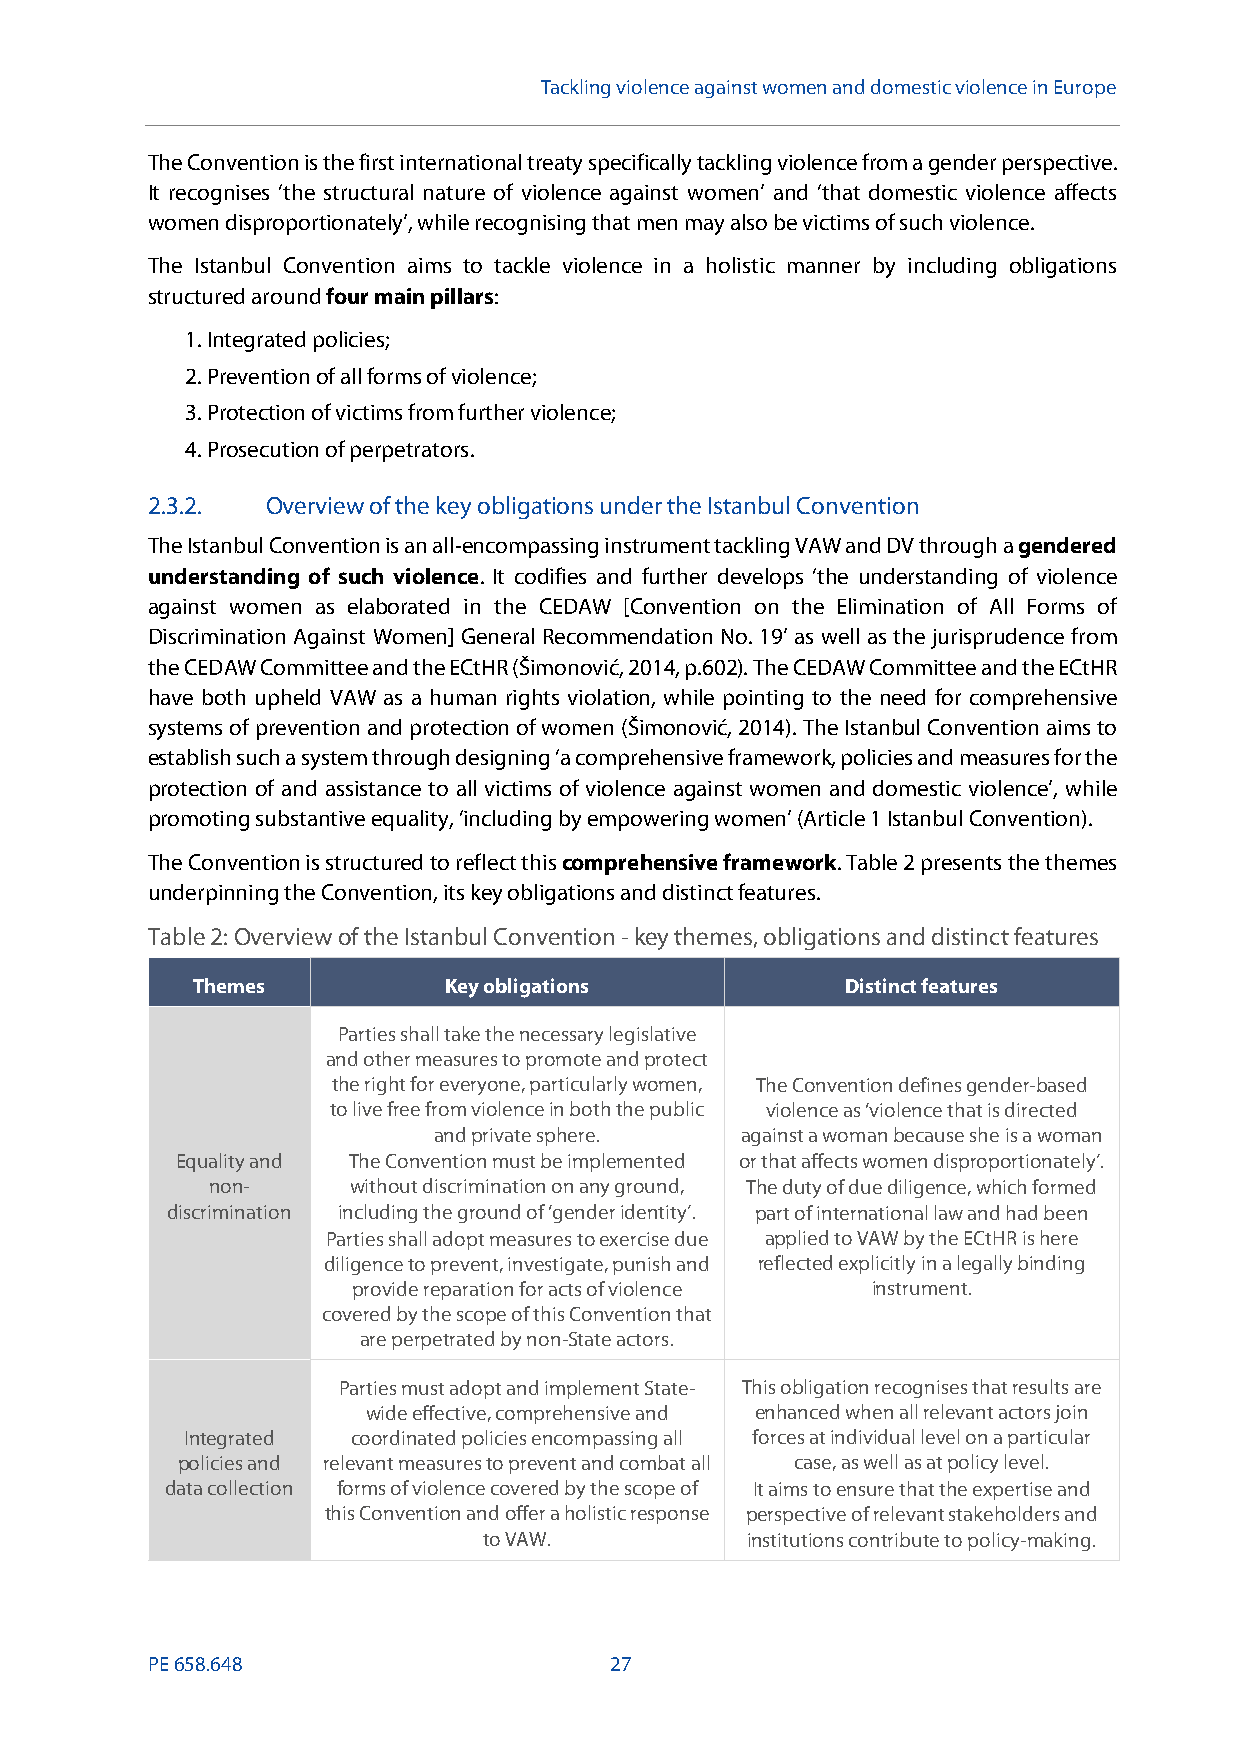
Tackling violence against women and domestic violence in Europe
 The Convention is the first international treaty specifically tackling violence from a gender perspective.
 It recognises ‘the structural nature of violence against women’ and ‘that domestic violence affects
 women disproportionately’, while recognising that men may also be victims of such violence.
 The Istanbul Convention aims to tackle violence in a holistic manner by including obligations
 structured aroundfour main pillars:
 1.Integrated policies;
 2.Prevention of all forms of violence;
 3.Protection of victims from further violence;
 4.Prosecution of perpetrators.
 2.3.2.  Overview of the key obligations under the Istanbul Convention
 The Istanbul Convention is an all-encompassing instrument tackling VAW and DV through agendered
 understanding of such violence. It codifies and further develops ‘the understanding of violence
 against women as elaborated in the CEDAW [Convention on the Elimination of All Forms of
 Discrimination Against Women] General Recommendation No. 19’ as well as the jurisprudence from
 the CEDAW Committee and the ECtHR (Šimonović, 2014, p.602). The CEDAW Committee and the ECtHR
 have both upheld VAW as a human rights violation, while pointing to the need for comprehensive
 systems of prevention and protection of women (Šimonović, 2014). The Istanbul Convention aims to
 establish such a system through designing ‘a comprehensive framework, policies and measures for the
 protection of and assistance to all victims of violence against women and domestic violence’, while
 promoting substantive equality, ‘including by empowering women’ (Article 1 Istanbul Convention).
 The Convention is structured to reflect thiscomprehensive framework. Table 2 presents the themes
 underpinning the Convention, its key obligations and distinct features.
 Table2:Overviewof the Istanbul Convention-key themes, obligations and distinct features
 Themes          Key obligations            Distinct features
 Parties shall take the necessary legislative
 and other measures to promote and protect
 the right for everyone, particularly women, The Convention defines gender-based
 to live free from violence in both the public violence as ‘violence that is directed
 and private sphere. against a woman because she is a woman
 Equality and The Convention must be implemented or that affects women disproportionately’.
 non-     without discrimination on any ground, The duty of due diligence, which formed
 discrimination including the ground of ‘gender identity’. part of international law and had been
 Parties shall adopt measures to exercise due applied to VAW by the ECtHR is here
 diligence to prevent, investigate, punish and reflected explicitly in a legally binding
 provide reparation for acts of violence instrument.
 covered by the scope of this Convention that
 are perpetrated by non-State actors.
 Parties must adopt and implement State- This obligation recognises that results are
 wide effective, comprehensive and enhanced when all relevant actors join
 Integrated coordinated policies encompassing all forces at individual level on a particular
 policies and relevant measures to prevent and combat all case, as well as at policy level.
 data collection forms of violence covered by the scope of It aims to ensure that the expertise and
 this Convention and offer a holistic response perspective of relevant stakeholders and
 to VAW.          institutions contribute to policy-making.
 PE658.648                     27